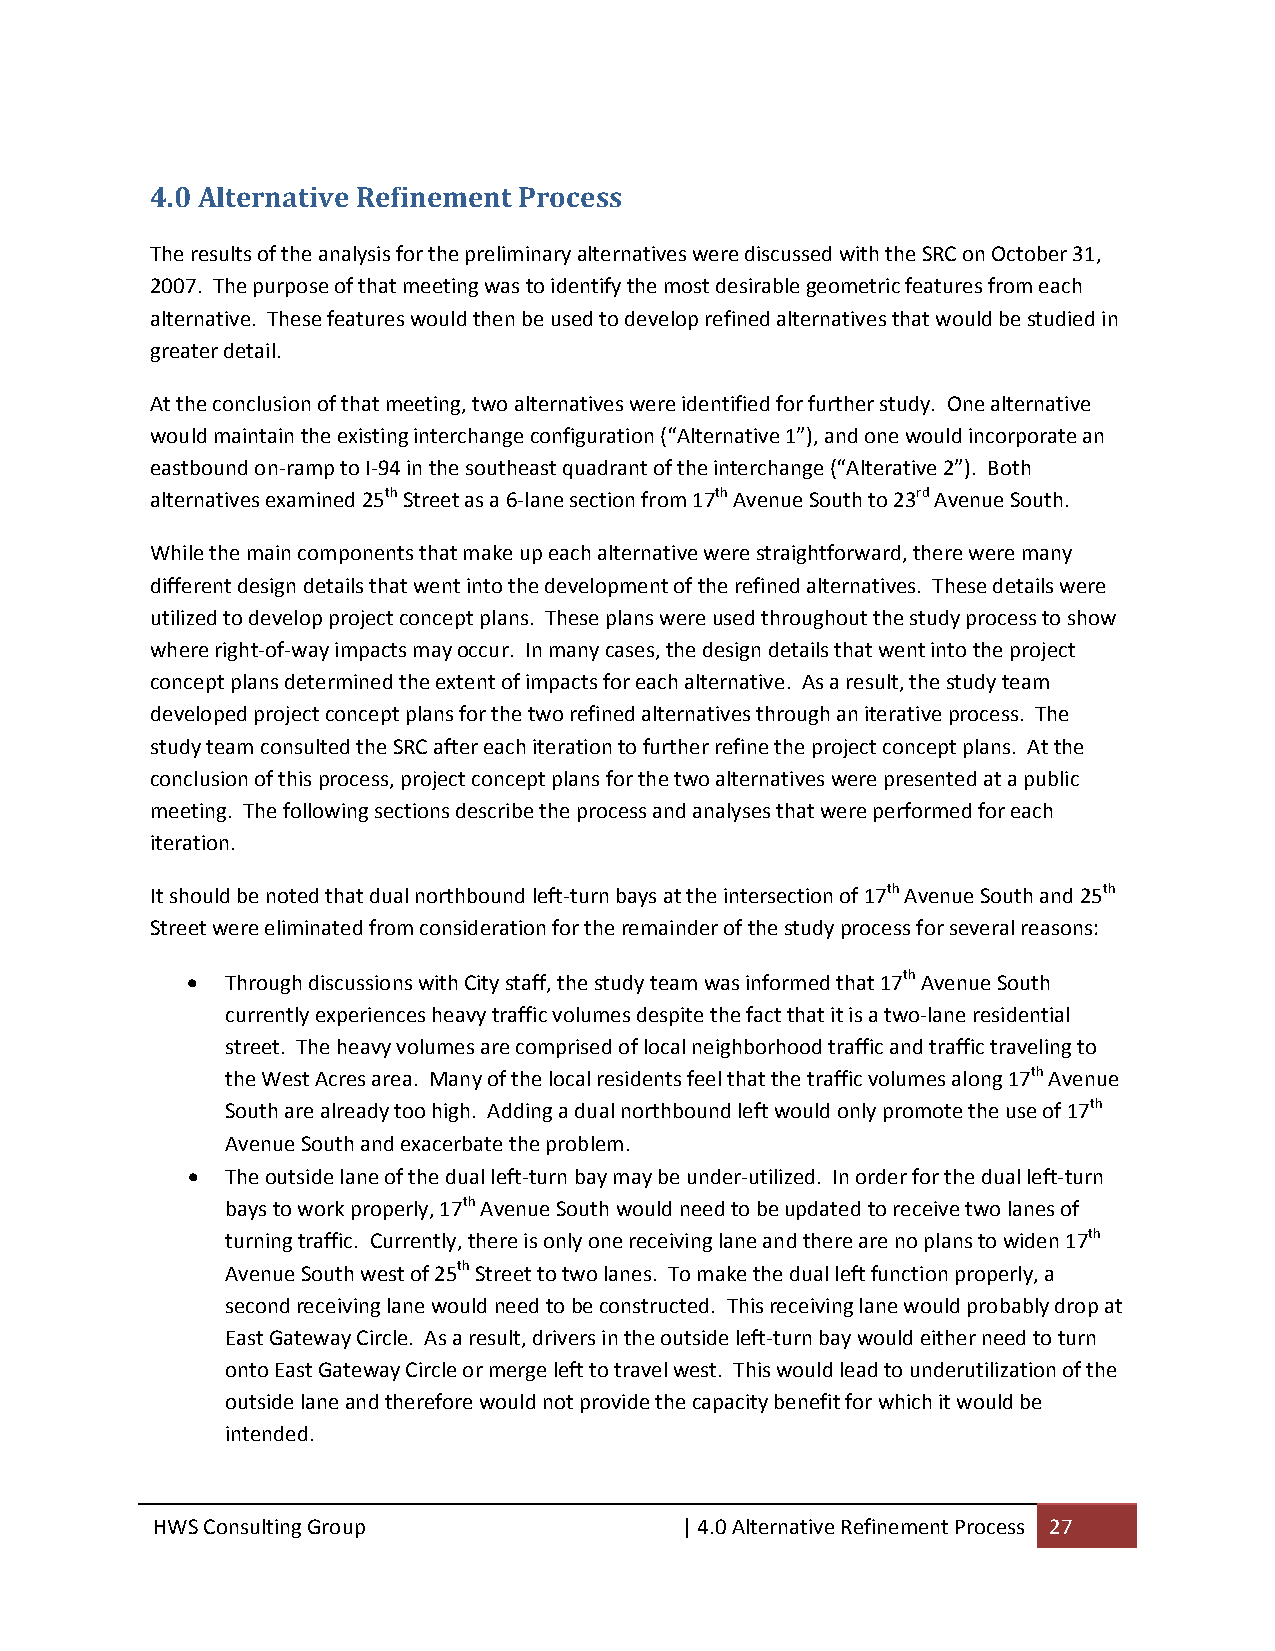
4.0 Alternative Refinement Process
 The results of the analysis for the preliminary alternatives were discussed with the SRC on October 31,
 2007. The purpose of that meeting was to identify the most desirable geometric features from each
 alternative. These features would then be used to develop refined alternatives that would be studied in
 greater detail.
 At the conclusion of that meeting, two alternatives were identified for further study. One alternative
 would maintain the existing interchange configuration (“Alternative 1”), and one would incorporate an
 eastbound on‐ramp to I‐94 in the southeast quadrant of the interchange (“Alterative 2”). Both
 alternatives examined 25th Street as a 6‐lane section from 17th Avenue South to 23rd Avenue South.
 While the main components that make up each alternative were straightforward, there were many
 different design details that went into the development of the refined alternatives. These details were
 utilized to develop project concept plans. These plans were used throughout the study process to show
 where right‐of‐way impacts may occur. In many cases, the design details that went into the project
 concept plans determined the extent of impacts for each alternative. As a result, the study team
 developed project concept plans for the two refined alternatives through an iterative process. The
 study team consulted the SRC after each iteration to further refine the project concept plans. At the
 conclusion of this process, project concept plans for the two alternatives were presented at a public
 meeting. The following sections describe the process and analyses that were performed for each
 iteration.
 It should be noted that dual northbound left‐turn bays at the intersection of 17th Avenue South and 25th
 Street were eliminated from consideration for the remainder of the study process for several reasons:
   Through discussions with City staff, the study team was informed that 17th Avenue South
 currently experiences heavy traffic volumes despite the fact that it is a two‐lane residential
 street. The heavy volumes are comprised of local neighborhood traffic and traffic traveling to
 the West Acres area. Many of the local residents feel that the traffic volumes along 17th Avenue
 South are already too high. Adding a dual northbound left would only promote the use of 17th
 Avenue South and exacerbate the problem.
   The outside lane of the dual left‐turn bay may be under‐utilized. In order for the dual left‐turn
 bays to work properly, 17th Avenue South would need to be updated to receive two lanes of
 turning traffic. Currently, there is only one receiving lane and there are no plans to widen 17th
 Avenue South west of 25th Street to two lanes. To make the dual left function properly, a
 second receiving lane would need to be constructed. This receiving lane would probably drop at
 East Gateway Circle. As a result, drivers in the outside left‐turn bay would either need to turn
 onto East Gateway Circle or merge left to travel west. This would lead to underutilization of the
 outside lane and therefore would not provide the capacity benefit for which it would be
 intended.
 HWS Consulting Group               | 4.0 Alternative Refinement Process 27